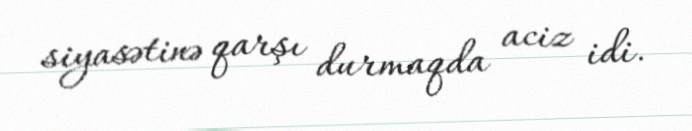
siyasətinə qarşı durmaqda aciz idi.